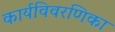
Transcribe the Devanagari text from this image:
कार्यविवरणिका